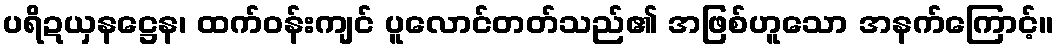
ပရိဍယှနဋ္ဌေန၊ ထက်ဝန်းကျင် ပူလောင်တတ်သည်၏ အဖြစ်ဟူသော အနက်ကြောင့်။